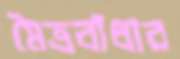
মৈত্রবাঁধার